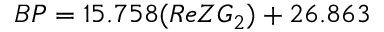
B P = 1 5 . 7 5 8 ( R e Z G _ { 2 } ) + 2 6 . 8 6 3